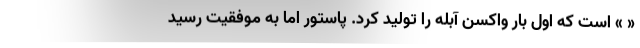
« » است که اول بار واکسن آبله را تولید کرد. پاستور اما به موفقیت رسید